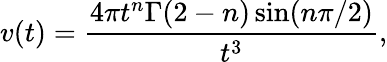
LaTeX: v(t)=\frac{4\pi t^{n}\Gamma(2-n)\sin(n\pi/2)}{t^{3}},